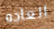
العاده